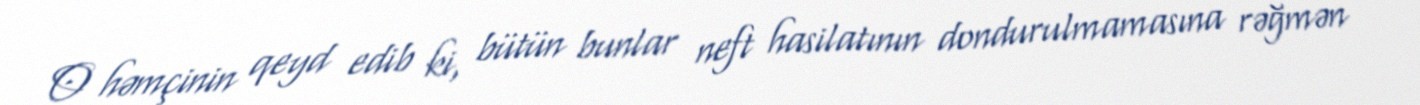
O həmçinin qeyd edib ki, bütün bunlar neft hasilatının dondurulmamasına rəğmən